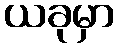
ယခုမှာ